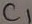
Text: C1